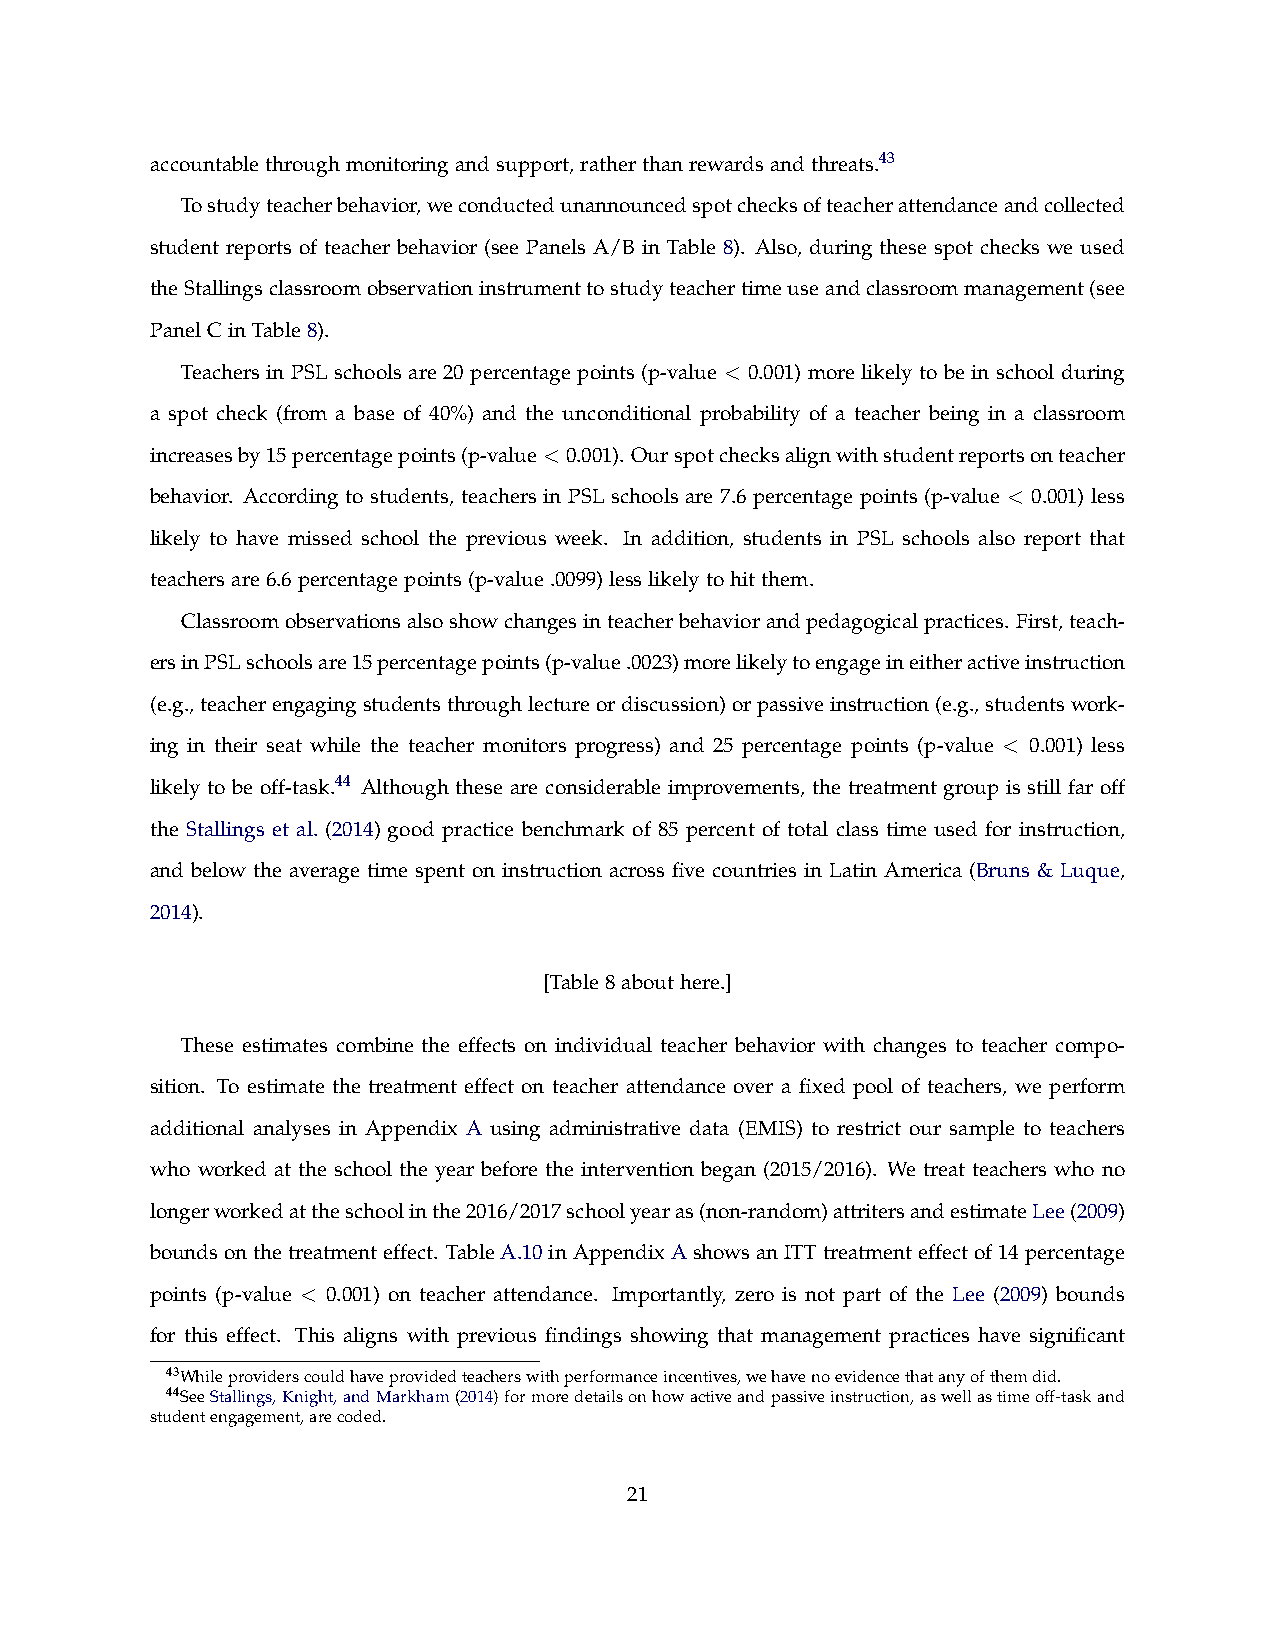
accountablethroughmonitoringandsupport,ratherthanrewardsandthreats.43
 Tostudyteacherbehavior,weconductedunannouncedspotchecksofteacherattendanceandcollected
 student reports of teacher behavior (see Panels A/B in Table 8). Also, during these spot checks we used
 theStallingsclassroomobservationinstrumenttostudyteachertimeuseandclassroommanagement(see
 PanelCinTable8).
 Teachers in PSL schools are 20 percentage points (p-value < 0.001) more likely to be in school during
 a spot check (from a base of 40%) and the unconditional probability of a teacher being in a classroom
 increasesby15percentagepoints(p-value<0.001). Ourspotchecksalignwithstudentreportsonteacher
 behavior. According to students, teachers in PSL schools are 7.6 percentage points (p-value < 0.001) less
 likely to have missed school the previous week. In addition, students in PSL schools also report that
 teachersare6.6percentagepoints(p-value.0099)lesslikelytohitthem.
 Classroomobservationsalsoshowchangesinteacherbehaviorandpedagogicalpractices. First,teach-
 ersinPSLschoolsare15percentagepoints(p-value.0023)morelikelytoengageineitheractiveinstruction
 (e.g.,teacherengagingstudentsthroughlectureordiscussion)orpassiveinstruction(e.g.,studentswork-
 ing in their seat while the teacher monitors progress) and 25 percentage points (p-value < 0.001) less
 likely to be off-task.44 Although these are considerable improvements, the treatment group is still far off
 the Stallings et al. (2014) good practice benchmark of 85 percent of total class time used for instruction,
 and below the average time spent on instruction across five countries in Latin America (Bruns & Luque,
 2014).
 [Table8abouthere.]
 These estimates combine the effects on individual teacher behavior with changes to teacher compo-
 sition. To estimate the treatment effect on teacher attendance over a fixed pool of teachers, we perform
 additional analyses in Appendix A using administrative data (EMIS) to restrict our sample to teachers
 who worked at the school the year before the intervention began (2015/2016). We treat teachers who no
 longerworkedattheschoolinthe2016/2017schoolyearas(non-random)attritersandestimateLee(2009)
 boundsonthetreatmenteffect. TableA.10inAppendixAshowsanITTtreatmenteffectof14percentage
 points (p-value < 0.001) on teacher attendance. Importantly, zero is not part of the Lee (2009) bounds
 for this effect. This aligns with previous findings showing that management practices have significant
 43Whileproviderscouldhaveprovidedteacherswithperformanceincentives,wehavenoevidencethatanyofthemdid.
 44SeeStallings,Knight,andMarkham(2014)formoredetailsonhowactiveandpassiveinstruction,aswellastimeoff-taskand
 studentengagement,arecoded.
 21